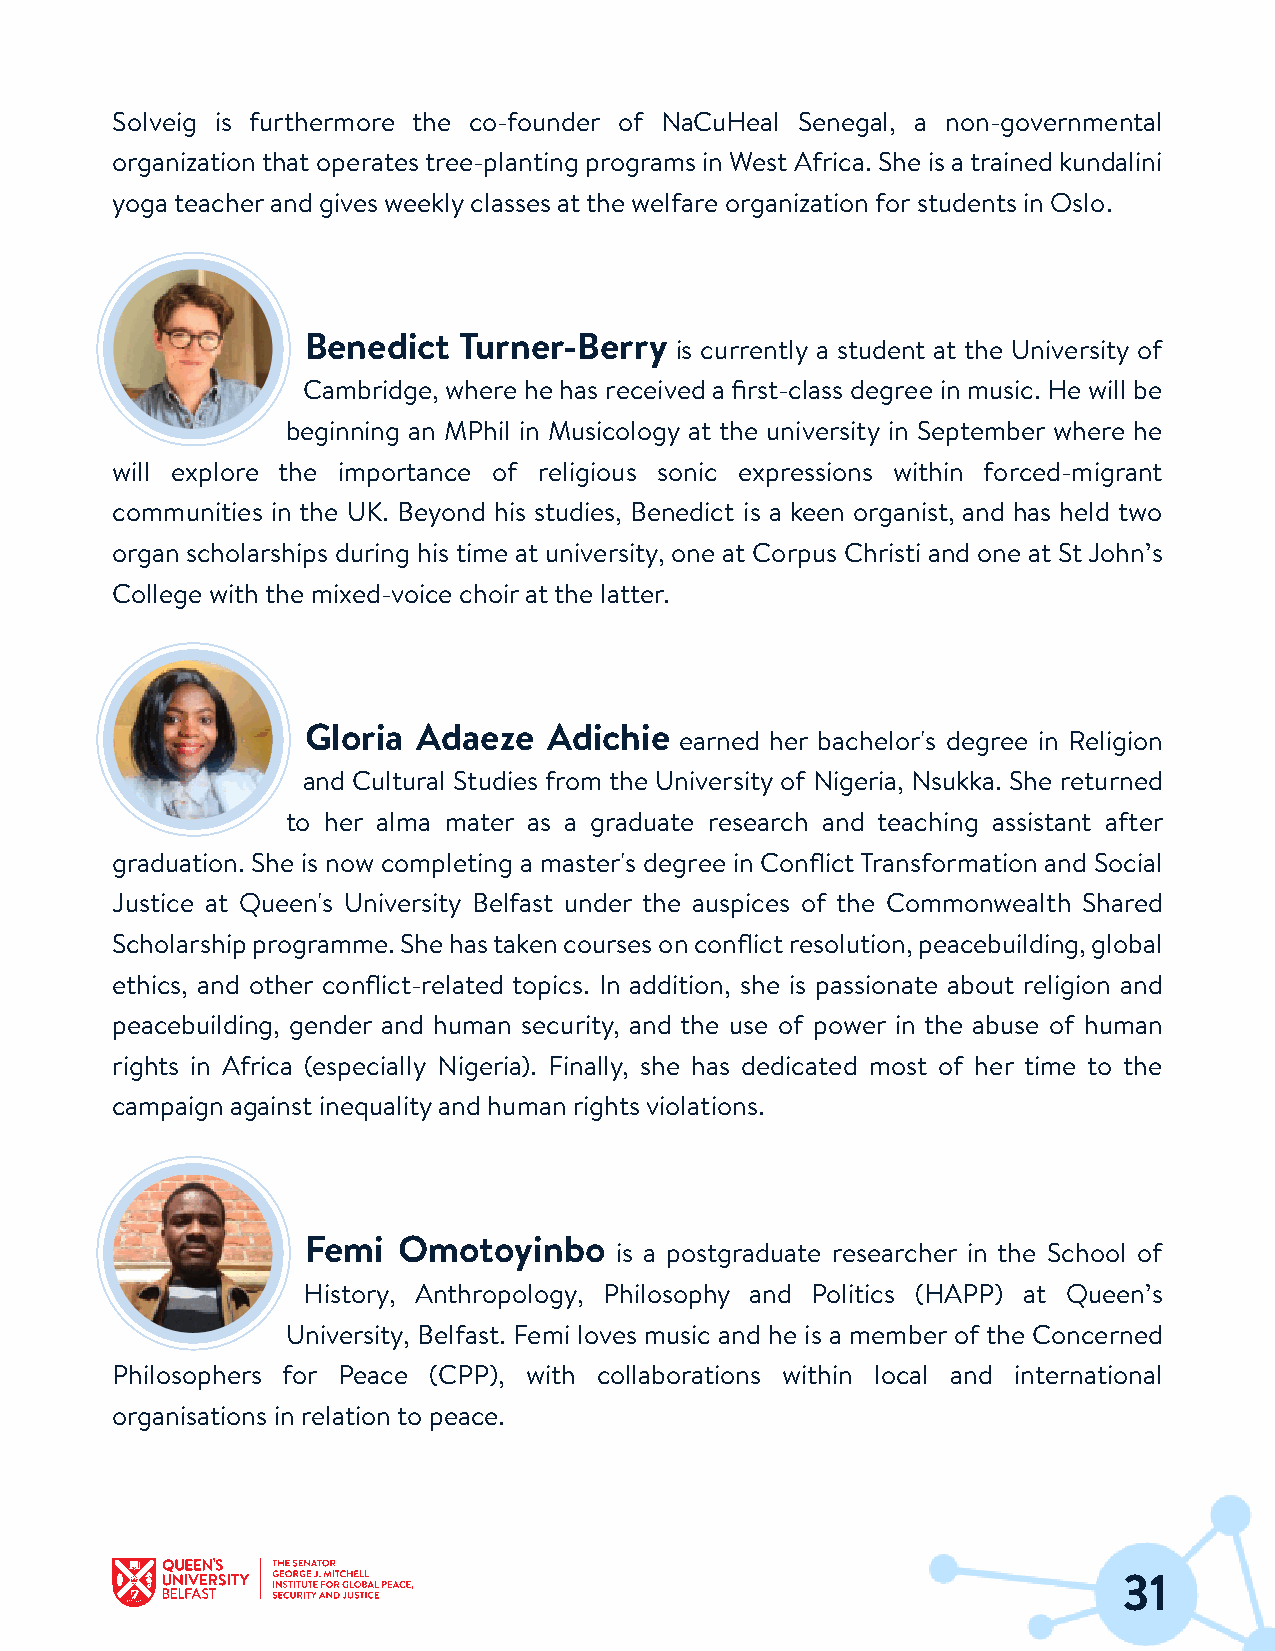
Solveig is furthermore the co-founder of NaCuHeal Senegal, a non-governmental
 organizationthat operatestree-planting programs in West Africa. She is atrained kundalini
 yogateacherand gives weeklyclasses atthe welfare organizationforstudents in Oslo.
 Benedict  Turner-Berry
 is currently a student at the University of
 Cambridge, where he has received a first-class degree in music. He will be
 beginning an MPhil in Musicology at the university in September where he
 will explore the importance of religious sonic expressions within forced-migrant
 communities in the UK. Beyond his studies, Benedict is a keen organist, and has held two
 organ scholarships during his time at university, one at Corpus Christi and one at StJohn’s
 College withthe mixed-voice choiratthe latter.
 Gloria  Adaeze  Adichie
 earned her bachelor's degree in Religion
 and Cultural Studies from the University of Nigeria, Nsukka. She returned
 to her alma mater as a graduate research and teaching assistant after
 graduation. She is now completing a master's degree in ConflictTransformation and Social
 Justice at Queen's University Belfast under the auspices of the Commonwealth Shared
 Scholarshipprogramme.Shehastakencoursesonconflictresolution,peacebuilding,global
 ethics, and other conflict-related topics. In addition, she is passionate about religion and
 peacebuilding, gender and human security, and the use of power in the abuse of human
 rights in Africa (especially Nigeria). Finally, she has dedicated most of her time to the
 campaign against inequalityand human rights violations.
 Femi  Omotoyinbo
 is a postgraduate researcher in the School of
 History, Anthropology, Philosophy and Politics (HAPP) at Queen’s
 University, Belfast. Femi loves music and he is a member of the Concerned
 Philosophers for Peace (CPP), with collaborations within local and international
 organisations in relationto peace.
 31